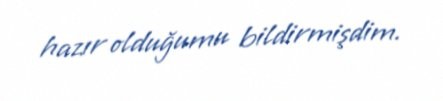
hazır olduğumu bildirmişdim.